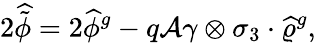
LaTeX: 2\widehat{\tilde{\phi}}=2\widehat{\phi}{}^{g}-q{\cal A}\gamma\otimes\sigma_{3}\cdot\widehat{\varrho}{}^{g},